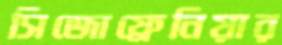
সিজোফ্রেনিয়ার